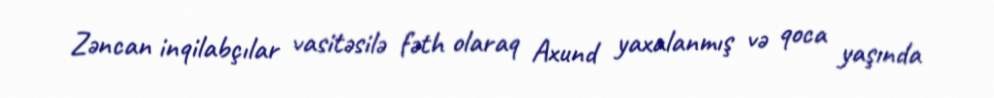
Zəncan inqilabçılar vasitəsilə fəth olaraq Axund yaxalanmış və qoca yaşında